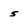
Character: 5